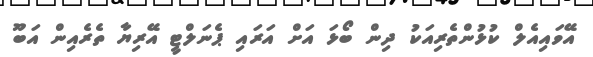
އޭވައިއެލް ކުޅުންތެރިއަކު ދިން ބޯޅަ އަށް އަރައި ޕެނަލްޓީ އޭރިޔާ ތެރެއިން އަބޫ